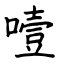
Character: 噎